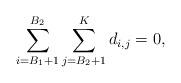
LaTeX: \begin{align*} \sum\limits_{i=B_{1}+1}^{B_{2}}\sum\limits_{j={B_2}+1}^{K} d_{i,j}=0,\end{align*}